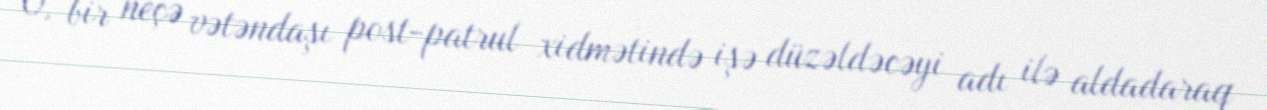
O, bir neçə vətəndaşı post-patrul xidmətində işə düzəldəcəyi adı ilə aldadaraq